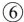
⑥